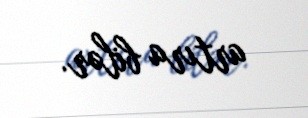
artıra bilər.